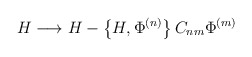
\begin{align*}H\longrightarrow H- \left\{ H, \Phi^{(n)}\right\}C_{nm} \Phi^{(m)}\end{align*}